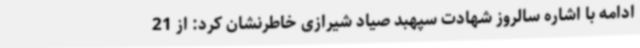
ادامه با اشاره سالروز شهادت سپهبد صیاد شیرازی خاطرنشان کرد: از 21